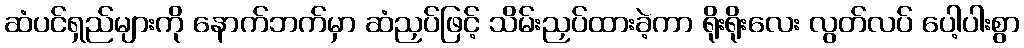
ဆံပင်ရှည်များကို နောက်ဘက်မှာ ဆံညှပ်ဖြင့် သိမ်းညှပ်ထားခဲ့ကာ ရိုးရိုးလေး လွတ်လပ် ပေါ့ပါးစွာ